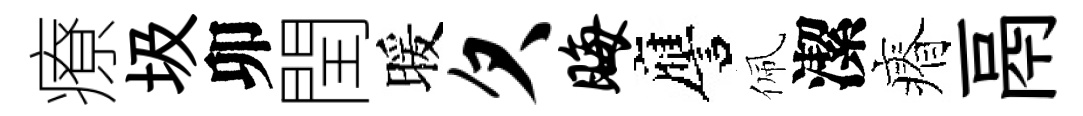
療圾卯閏暖欠晦譍佩潔瘠鬲